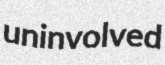
uninvolved